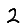
Digit: 2